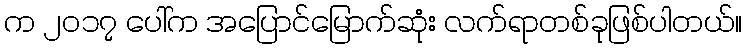
က ၂၀၁၇ ပေါ်က အပြောင်မြောက်ဆုံး လက်ရာတစ်ခုဖြစ်ပါတယ်။